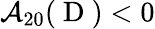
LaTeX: \mathcal{A}_{20}(\mathrm{~D~})<0